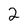
Character: 2